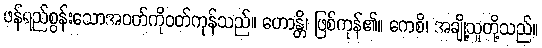
ဖန်ရည်စွန်းသောအဝတ်ကိုဝတ်ကုန်သည်။ ဟောန္တိ၊ ဖြစ်ကုန်၏။ ကေစိ၊ အချို့သူတို့သည်။